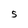
Character: 5